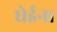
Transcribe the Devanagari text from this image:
घेईन।